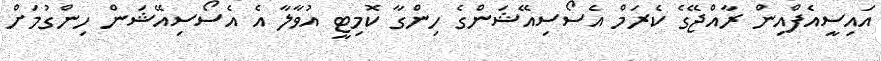
އައިސީއެފްއިން ރާއްޖޭގެ ކެރަމް އެސޯސިއޭޝަންގެ ހިންގާ ކޮމިޓީ އުވާލާ އެ އެސޯސިއޭޝަން ހިންގުމަށް